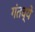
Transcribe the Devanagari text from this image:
गंतव्ये